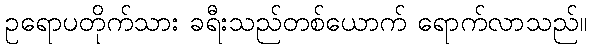
ဥရောပတိုက်သား ခရီးသည်တစ်ယောက် ရောက်လာသည်။